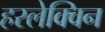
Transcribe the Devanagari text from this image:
हरलेक्विन